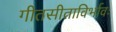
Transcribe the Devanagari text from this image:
गीतसीताविर्भावः